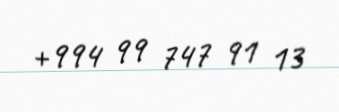
+994 99 747 91 13